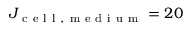
J _ { \mathrm { ~ c ~ e ~ l ~ l ~ , ~ m ~ e ~ d ~ i ~ u ~ m ~ } } = 2 0